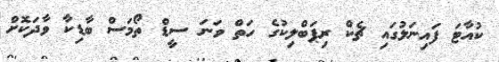
ކުއާޓަ ފައިނަލުގައި ޗެކް ރިޕަބްލިކުގެ ހަތް ވަނަ ސީޑް ތޯމަސް ބާޑިކާ ވާދަކޮށް